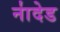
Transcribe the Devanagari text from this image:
ना॑देड